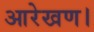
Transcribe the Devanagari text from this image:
आरेखण।